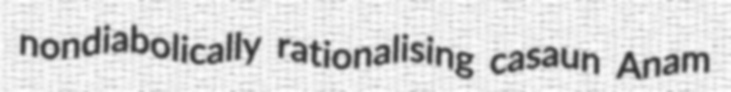
nondiabolically rationalising casaun Anam